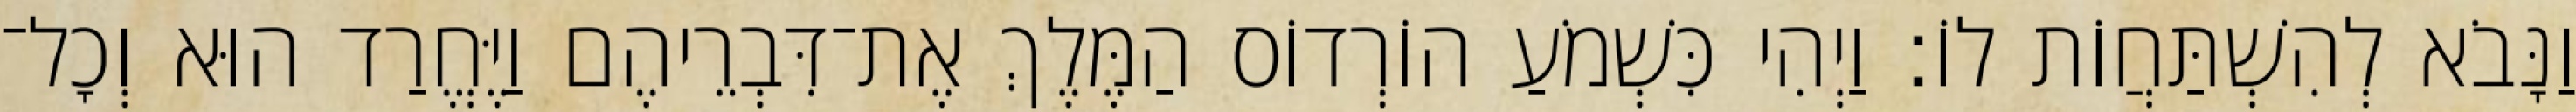
וַנָּבֹא לְהִשְׁתַּחֲוֹת לוֹ׃ וַיְהִי כִּשְׁמֹעַ הוֹרְדוֹס הַמֶּלֶךְ אֶת־דִּבְרֵיהֶם וַיֶּחֱרַד הוּא וְכָל־